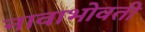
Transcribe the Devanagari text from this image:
नावाभोवती